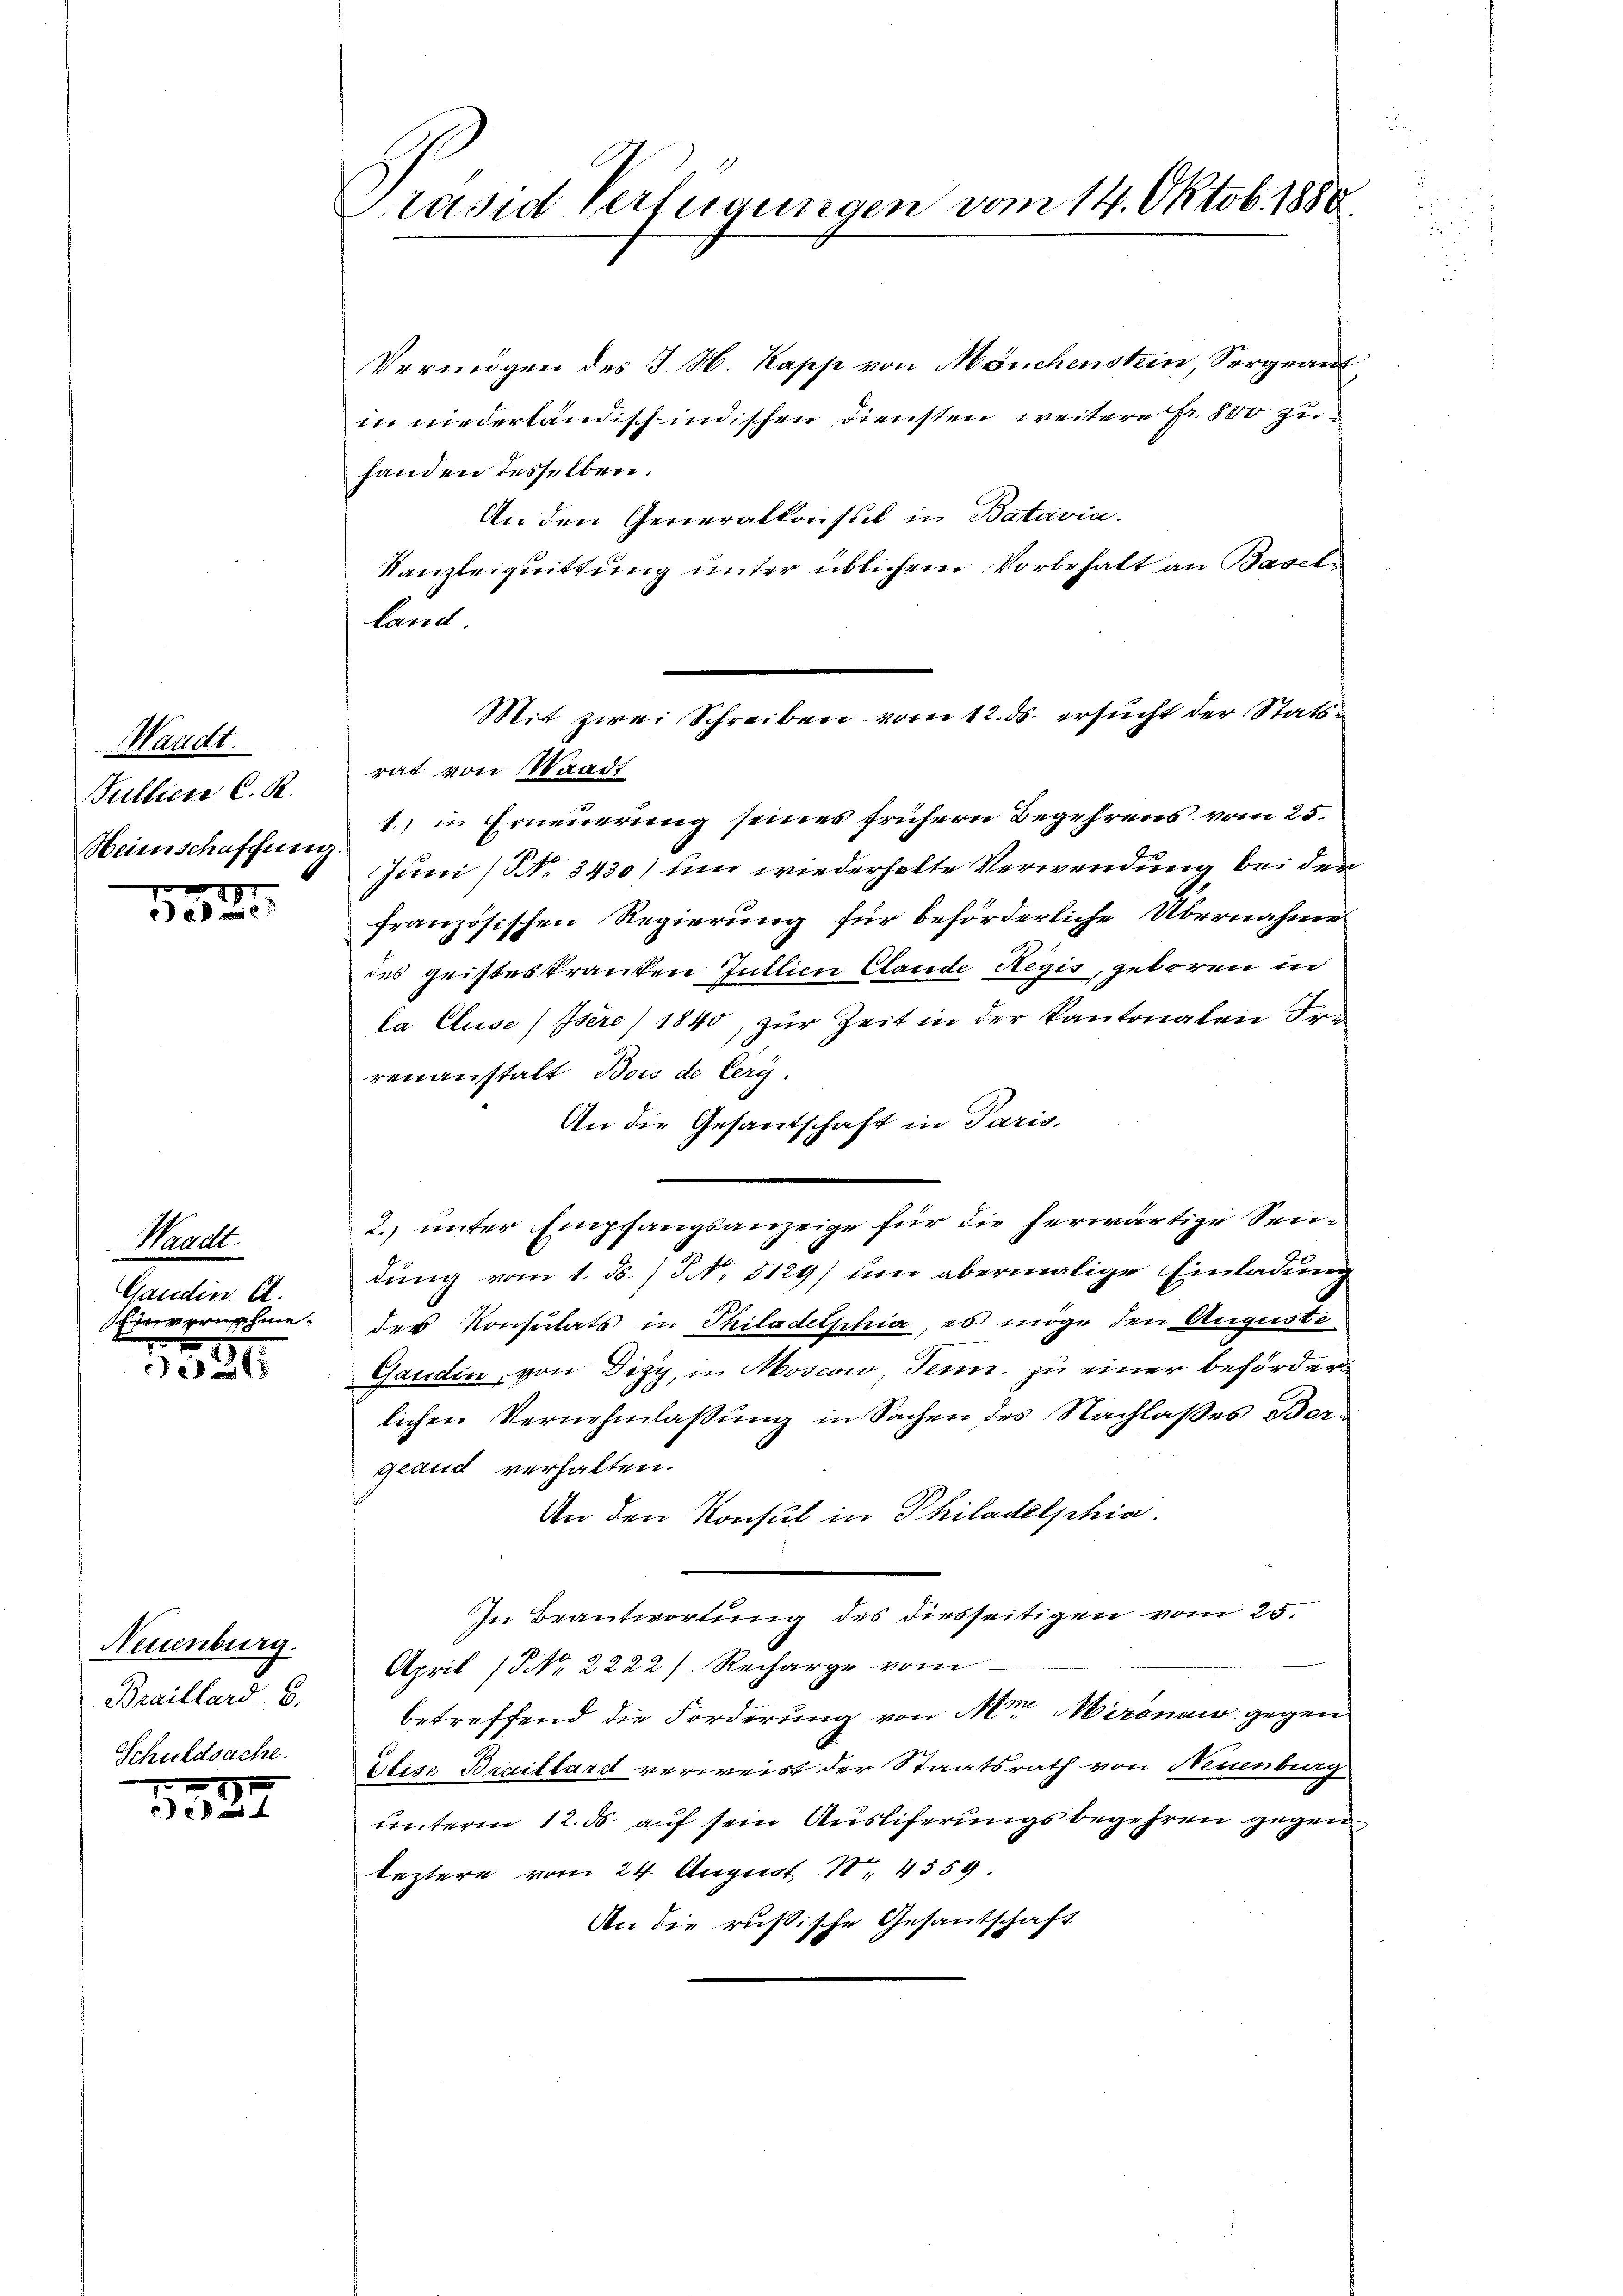
Waadt.
Gullien C. R.
Heimschaffung.

1525

Bradt.
Gandin A.

1820

Neuenburg.
Braillard B.
Schuldsache.

1522

Präsid Verfügungen vom 14. Oktob. 1880.

Vermögen des J. M. Kapp von Mönchenstein, Sergrant
in niederländisch indischen Diensten weitere Fr. 800 zu
handen desselben.
An den Generalkonsul in Batavia.
Kanzleiquittung unter üblichem Vorbehalt an Basel-
land
rat von Waadt
1.) in Erneuerung seines frühern Begehrens vom 25.
Juni / NNo. 3430) und wiederholte Verwendung bei der
französischen Regierung für beförderliche Übernahme
des geisteskranken Justice Clande Regis, geboren in
la Cluse/Isére) 1840, zur Zeit in der Kantonalen Fra
renanstalt Bois de Cery.
An die Gesantschaft in Paris.
2. unter Empfangsanzeige für die herwärtige Sendung vom 1. ds.) No 5129) um abermalige Einladung
Einvernehme der Konsulats in Thiladelphia, es möge den Auguste
Gandin, von Dizy, in Moscow, Senn zu einer beförderlichen Vernehmlassung in Sachen des Nachlaßes Bergland verhalten.
An den Konsul in Philadelphia
In Beantwortung des diesseitigen vom 25.
April (NNo. 2222/. Recharge vom
betreffend die Forderung von Mor. Meronau gegen
Elise Braillard verweist der Staatsrath von Neuenburg
unterm 12. ds. auf sein Ausliferungsbegehren gegen
leztere vom 24. August 18. 4559.
An die russische Gesantschaft

Mit zwei Schreiben vom 12. ds. ersucht der Stats¬